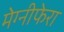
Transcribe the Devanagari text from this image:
मेग्‍नीफेरा